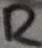
Text: R